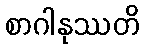
စာဂါနုဿတိ